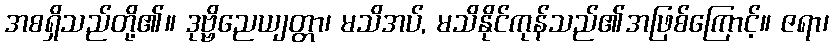
အစရှိသည်တို့၏။ ဒုဗ္ဗိညေယျတ္တာ၊ မသိအပ်, မသိနိုင်ကုန်သည်၏အဖြစ်ကြောင့်။ ဇရာ၊